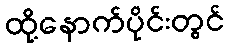
ထို့နောက်ပိုင်းတွင်